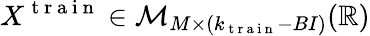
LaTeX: X^{\mathrm{~t~r~a~i~n~}}\in{\cal M}_{M\times(k_{\mathrm{~t~r~a~i~n~}}-BI)}(\mathbb{R})